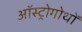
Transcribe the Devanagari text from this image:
ऑस्ट्रोगोथों